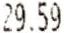
29.59